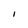
Character: I